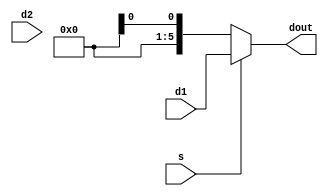
module Mux2x1_4bits(
    input s,
    input [5:0] d1,
    input [5:0] d2,
    output [5:0] dout
    );
    assign dout = (s == 1'b0) ? d0 : d1;
endmodule